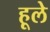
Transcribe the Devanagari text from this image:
हूले